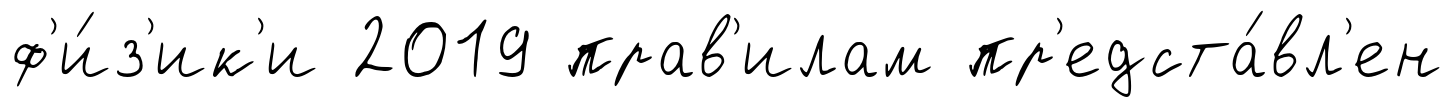
ф'и́з'ик'и 2019 прав'илам пр'едста́вл'ен